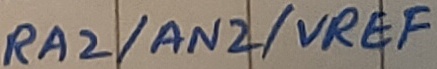
Text: RA2/AN2/VREF